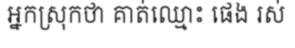
អ្នកស្រុកថា គាត់ឈ្មោះ ផេង រស់